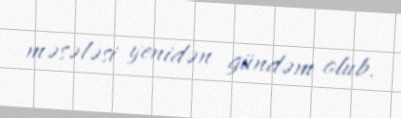
məsələsi yenidən gündəm olub.